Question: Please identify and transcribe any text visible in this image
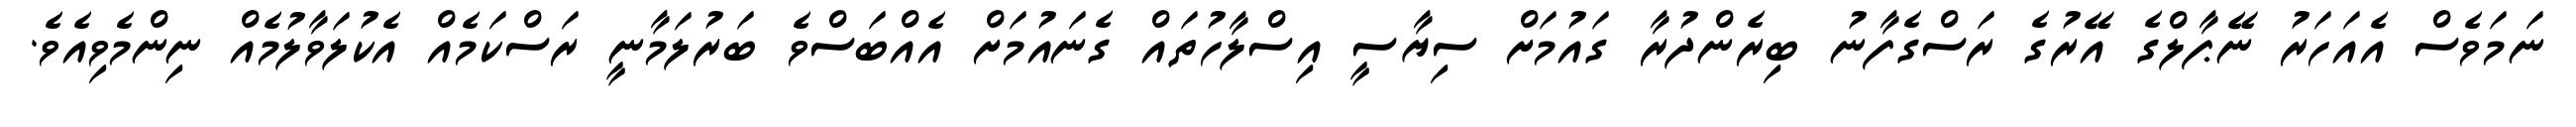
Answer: ނަމަވެސް އެއަހަރު ނޭޕާލްގެ އޭރުގެ ރަސްގެފާނު ބިރެންދުރާ ގައުމަށް ސިޔާސީ އިސްލާހުތައް ގެނައުމަށް އެއްބަސްވެ ބަރުލަމާނީ ރަސްކަމެއް އެކުލަވާލުމެއް ނިންމެވިއެވެ.